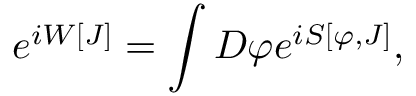
e ^ { i W [ J ] } = \int { \cal D } \varphi e ^ { i S [ \varphi , J ] } ,